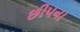
છીપના